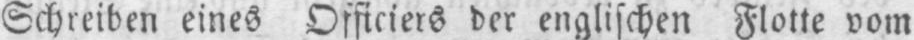
Schreiben eines Officiers der englischen Flotte vom